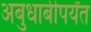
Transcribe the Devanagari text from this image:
अबुधाबीपर्यंत